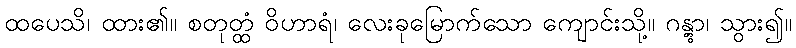
ထပေသိ၊ ထား၏။ စတုတ္ထံ ဝိဟာရံ၊ လေးခုမြောက်သော ကျောင်းသို့။ ဂန္တွာ၊ သွား၍။